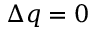
\Delta q = 0